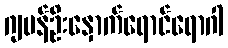
ဂျပန်ဦးနှောက်ရောင်ရောဂါ